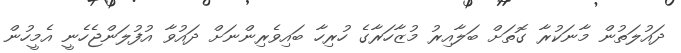
ދައުލަތުން މާނަކުރާ ގޮތަށް ބަލާއިރު މުޒާހަރާގެ ހުރިހާ ބައިވެރިންނަށް ދައުވާ އުފުލަންޖެހެނީ އެމީހުން